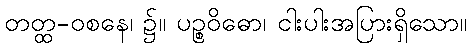
တတ္ထ-ဝစနေ၊ ၌။ ပဉ္စဝိဓော၊ ငါးပါးအပြားရှိသော။